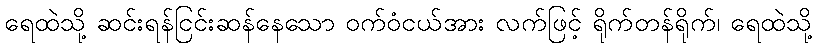
ရေထဲသို့ ဆင်းရန်ငြင်းဆန်နေသော ဝက်ဝံငယ်အား လက်ဖြင့် ရိုက်တန်ရိုက်၊ ရေထဲသို့